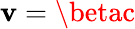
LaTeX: \mathbf{v}=\betac